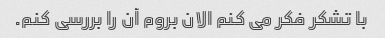
با تشکر فکر می کنم الان بروم آن را بررسی کنم.